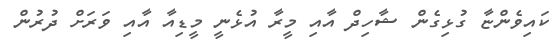
ކައިވެންޏާ ގުޅިގެން ޝާހިދް އާއި މީރާ އުޅެނީ މީޑިއާ އާއި ވަރަށް ދުރުން